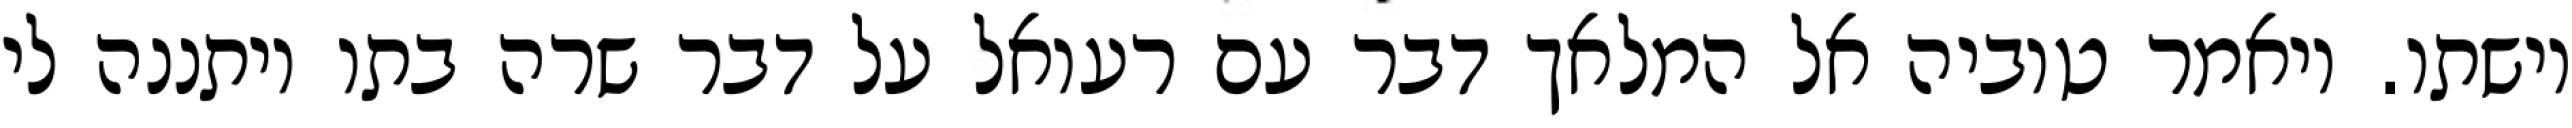
וישתו. ויאמר טוביה אל המלאך דבר עם רעואל על דבר שרה בתו ויתננה לי